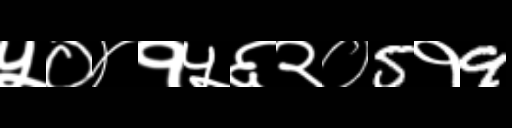
Text: ५०४१५६२०5१9